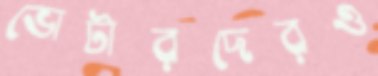
ভোটারদেরও